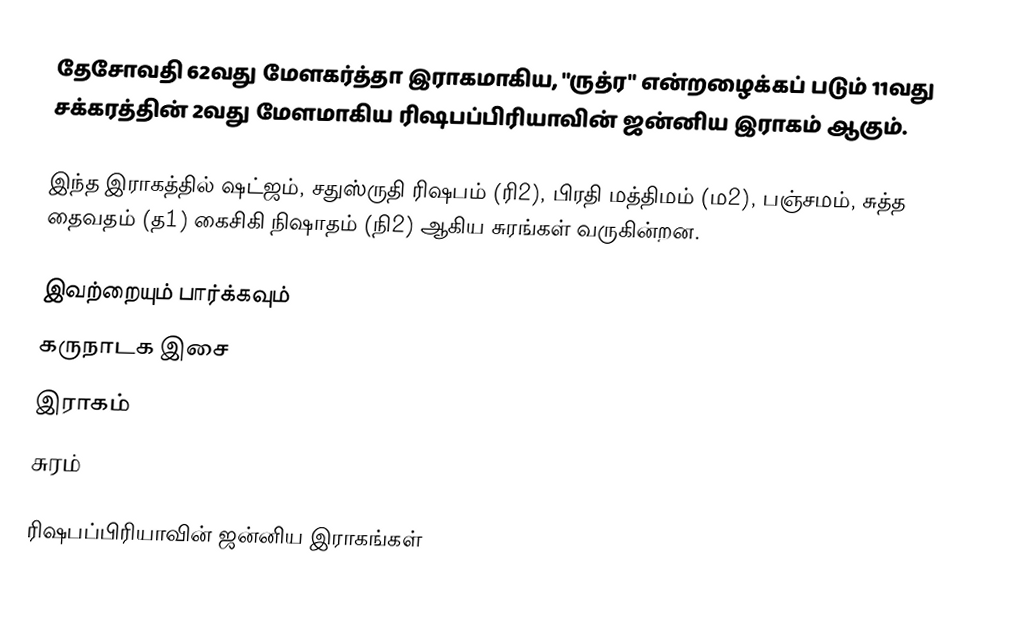
தேசோவதி 62வது மேளகர்த்தா இராகமாகிய, "ருத்ர" என்றழைக்கப் படும் 11வது சக்கரத்தின் 2வது மேளமாகிய ரிஷபப்பிரியாவின் ஜன்னிய இராகம் ஆகும்.

இந்த இராகத்தில் ஷட்ஜம், சதுஸ்ருதி ரிஷபம் (ரி2),  பிரதி மத்திமம் (ம2), பஞ்சமம்,  சுத்த தைவதம் (த1) கைசிகி நிஷாதம்  (நி2) ஆகிய சுரங்கள் வருகின்றன.

இவற்றையும் பார்க்கவும்
 கருநாடக இசை
 இராகம்
 சுரம்

ரிஷபப்பிரியாவின் ஜன்னிய இராகங்கள்